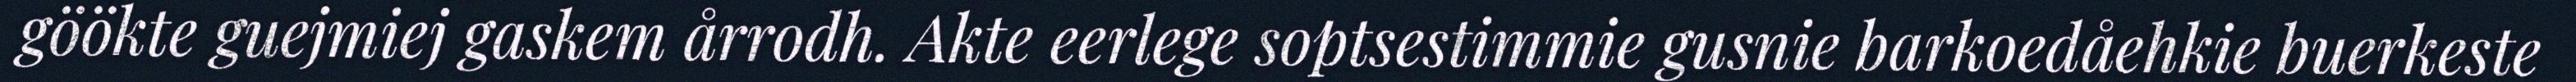
göökte guejmiej gaskem årrodh. Akte eerlege soptsestimmie gusnie barkoedåehkie buerkeste